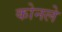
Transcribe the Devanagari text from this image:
कोनले